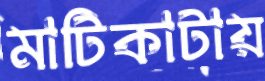
মাটিকাটায়